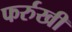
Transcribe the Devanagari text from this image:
फर्रुखी